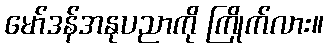
မော်ဒန်အနုပညာကို ကြိုက်လား။